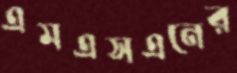
এমএসএনের